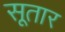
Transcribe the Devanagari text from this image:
सूतार